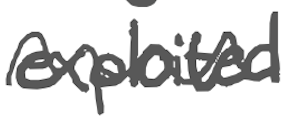
Text: exploited
Cross-out: wave
Writing tool: digital_gray